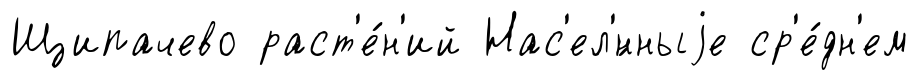
Щипачево раст'е́н'ий Нас'ел'́нныjе ср'е́дн'ем